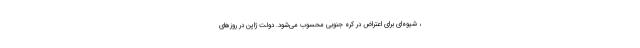
، شیوه‌ای برای اعتراض در کره جنوبی محسوب می‌شود. دولت ژاپن در روزهای